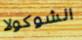
الشوكولا